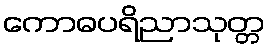
ကောဓပရိညာသုတ္တ